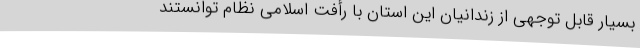
بسیار قابل توجهی از زندانیان این استان با رأفت اسلامی نظام توانستند